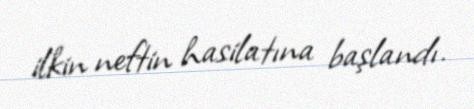
ilkin neftin hasilatına başlandı.